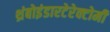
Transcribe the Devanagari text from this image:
थ्रंबोइंडारटेरेक्टोमी